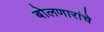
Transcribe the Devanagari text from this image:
बोलणारांचे